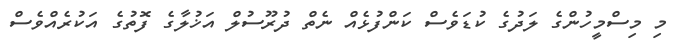
މި މިސްމީހުންގެ ލަދުގެ ކުޑަވެސް ކަންފުޅެއް ނެތް ދުރޫސުލް އަޚުލާގެ ފޮތުގެ އަކުރެއްވެސް